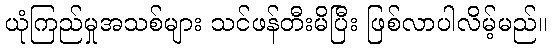
ယုံကြည်မှုအသစ်များ သင်ဖန်တီးမိပြီး ဖြစ်လာပါလိမ့်မည်။